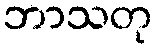
ဘာသတု